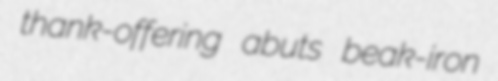
thank-offering abuts beak-iron